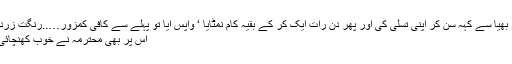
وہ تو بھیا سے کہہ سن کر اپنی تسلی کی اور پھر دن رات ایک کر کے بقیہ کام نمٹایا ‘ واپس آیا تو پہلے سے کافی کمزور…..رنگت زرد…..
اس پر بھی محترمہ نے خوب کھنچائی کی۔